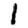
Digit: 1